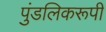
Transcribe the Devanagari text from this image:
पुंडलिकरूपी